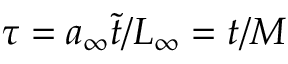
\tau = a _ { \infty } \tilde { t } / L _ { \infty } = t / M